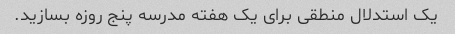
یک استدلال منطقی برای یک هفته مدرسه پنج روزه بسازید.